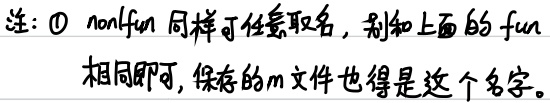
注：\textcircled{1} nonlfun同样可任意取名，别和上面的fun相同即可，保存的m文件也得是这个名字。